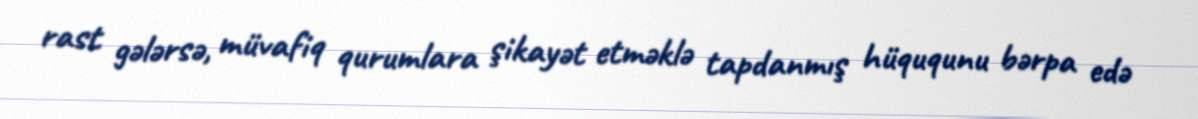
rast gələrsə, müvafiq qurumlara şikayət etməklə tapdanmış hüququnu bərpa edə